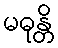
မဓုန္တိ